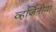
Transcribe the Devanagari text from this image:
व्हर्जिनीया